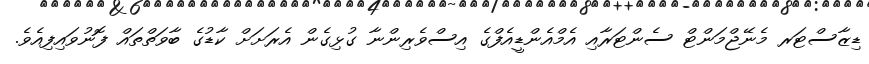
ޑިޒާާސްޓަރ މެނޭޖްމަންޓް ސެންޓަރާއި އެމްއެންޑީއެފްގެ އިސްވެރިންނާ ގުޅިގެން އެރަށަށް ކާޑުގެ ބާވަތްތައް ފޮނުވައިފިއެވެ.